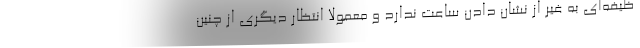
ظیفه‌ای به غیر از نشان دادن ساعت ندارد و معمولا انتظار دیگری از چنین